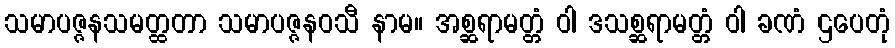
သမာပဇ္ဇနသမတ္ထတာ သမာပဇ္ဇနဝသီ နာမ။ အစ္ဆရာမတ္တံ ဝါ ဒသစ္ဆရာမတ္တံ ဝါ ခဏံ ဌပေတုံ